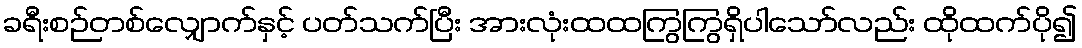
ခရီးစဉ်တစ်လျှောက်နှင့် ပတ်သက်ပြီး အားလုံးထထကြွကြွရှိပါသော်လည်း ထိုထက်ပို၍